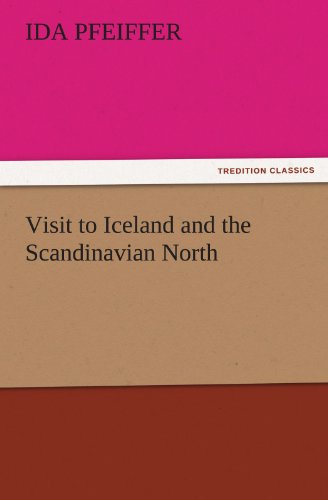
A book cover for Visit to Iceland and the Scandinavian North (TREDITION CLASSICS); Ida Pfeiffer; History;